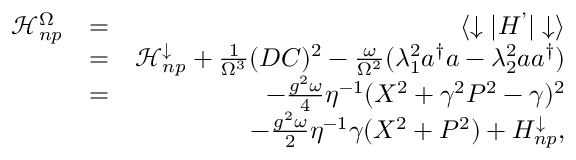
\begin{array} { r l r } { \mathcal { H } _ { n p } ^ { \Omega } } & { = } & { \langle \downarrow \vert H ^ { ’ } \vert \downarrow \rangle } \\ & { = } & { \mathcal { H } _ { n p } ^ { \downarrow } + \frac { 1 } { \Omega ^ { 3 } } ( D C ) ^ { 2 } - \frac { \omega } { \Omega ^ { 2 } } ( \lambda _ { 1 } ^ { 2 } a ^ { \dagger } a - \lambda _ { 2 } ^ { 2 } a a ^ { \dagger } ) } \\ & { = } & { - \frac { g ^ { 2 } \omega } { 4 } \eta ^ { - 1 } ( X ^ { 2 } + \gamma ^ { 2 } P ^ { 2 } - \gamma ) ^ { 2 } } \\ & { } & { - \frac { g ^ { 2 } \omega } { 2 } \eta ^ { - 1 } \gamma ( X ^ { 2 } + P ^ { 2 } ) + H _ { n p } ^ { \downarrow } , } \end{array}